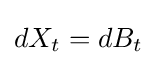
dX_{t}=dB_{t}